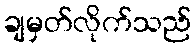
ချမှတ်လိုက်သည်